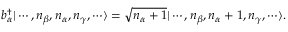
b _ { \alpha } ^ { \dagger } | \cdots , n _ { \beta } , n _ { \alpha } , n _ { \gamma } , \cdots \rangle = { \sqrt { n _ { \alpha } + 1 } } | \cdots , n _ { \beta } , n _ { \alpha } + 1 , n _ { \gamma } , \cdots \rangle .